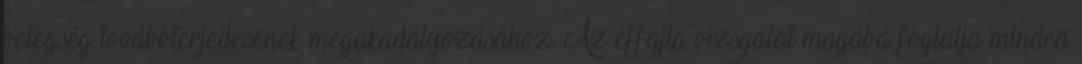
betegség továbbterjedésének megakadályozásához. Az effajta vizsgálat magába foglalja minden